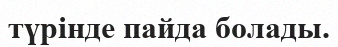
түрінде пайда болады.